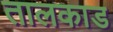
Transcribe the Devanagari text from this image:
तालकाड